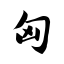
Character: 匈